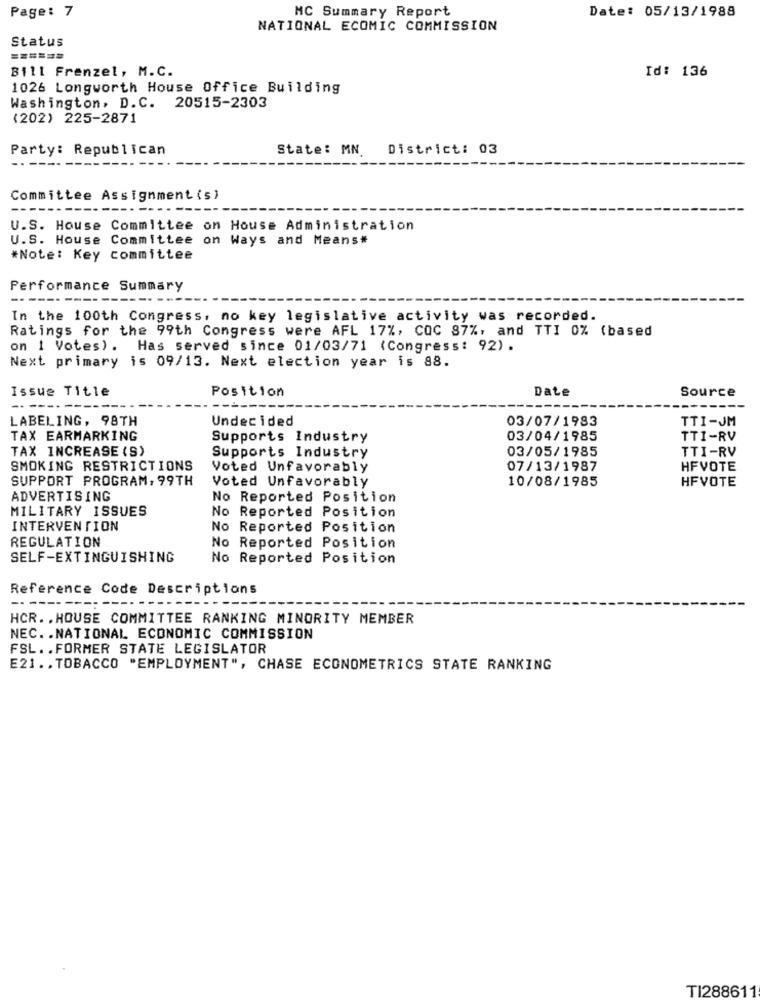
Page: 7
MC Summary Report
Date: 05/13/1988
NATIONAL ECOMIC COMMISSION
Status
======
Bill Frenzel, M.C.
Id: 136
1026 Longworth House Office Building
Washington, D.C. 20515-2303
(202) 225-2871
Party: Republican
State: MN
District: 03
Committee Assignment (s)
U.S. House Committee on House Administration
U.S. House Committee on Ways and Means#
*Note: Key committee
Performance Summary
--
In the 100th Congress, no key legislative activity was recorded.
Ratings for the 99th Congress were AFL 17%, COC 87%, and TTI 0% (based
on 1 Votes). Has served since 01/03/71 (Congress: 92).
Next primary is 09/13. Next election year is 88.
Issue Title
Position
Date
Source
LABELING, 98TH
Undecided
03/07/1983
TTI-JM
TAX EARMARKING
Supports Industry
03/04/1985
TTI-RV
TAX INCREASE (S)
03/05/1985
TTI-RV
Supports Industry
SMOKING RESTRICTIONS
Voted Unfavorably
07/13/1987
HFVOTE
SUPPORT PROGRAM, 99TH
Voted Unfavorably
10/08/1985
HFVOTE
ADVERTISING
No Reported Position
MILITARY ISSUES
No Reported Position
INTERVENTION
No Reported Position
REGULATION
No Reported Position
SELF-EXTINGUISHING
No Reported Position
Reference Code Descriptions
-------
HCR. . HOUSE COMMITTEE RANKING MINORITY MEMBER
NEC. . NATIONAL ECONOMIC COMMISSION
FSL .. FORMER STATE LEGISLATOR
E21 .. TOBACCO "EMPLOYMENT", CHASE ECONOMETRICS STATE RANKING
TI288611